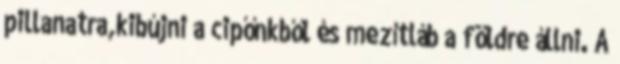
pillanatra,kibújni a cipőnkből és mezítláb a földre állni. A